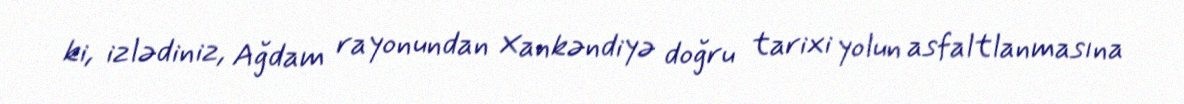
ki, izlədiniz, Ağdam rayonundan Xankəndiyə doğru tarixi yolun asfaltlanmasına